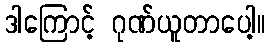
ဒါကြောင့် ဂုဏ်ယူတာပေါ့။